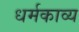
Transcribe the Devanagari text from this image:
धर्मकाव्य